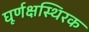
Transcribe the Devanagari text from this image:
घूर्णक्षस्थिरक